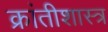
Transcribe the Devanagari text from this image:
क्रांतीशास्त्र